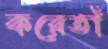
করেতাঁ